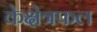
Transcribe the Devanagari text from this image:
केक्षेत्रफल